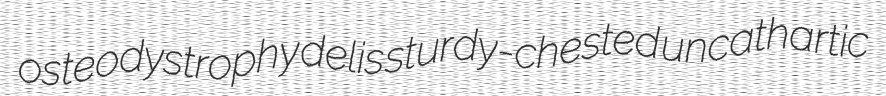
osteodystrophy delis sturdy-chested uncathartic